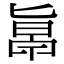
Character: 𠤞